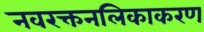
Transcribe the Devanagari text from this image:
नवरक्तनलिकाकरण